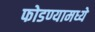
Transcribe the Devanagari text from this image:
फोडण्यामध्ये